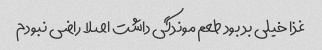
غذا خیلی بد بود طعم موندگی داشت اصلا راضی نبودم